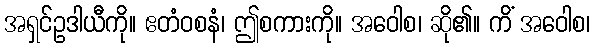
အရှင်ဥဒါယီကို။ ဧတံဝစနံ၊ ဤစကားကို။ အဝေါစ၊ ဆို၏။ ကိံ အဝေါစ၊